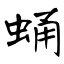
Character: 蛹